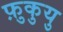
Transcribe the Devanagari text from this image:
फ़ुकुयु